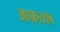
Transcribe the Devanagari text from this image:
आफ़्ताब